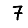
Digit: 7